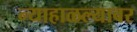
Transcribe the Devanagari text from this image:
न्याहाळल्यावर